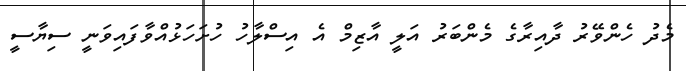
މެދު ހެންވޭރު ދާއިރާގެ މެންބަރު އަލީ އާޒިމް އެ އިސްލާހު ހުށަހަޅުއްވާފައިވަނީ ސިޔާސީ